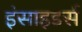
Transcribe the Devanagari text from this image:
इंसाइडर्स